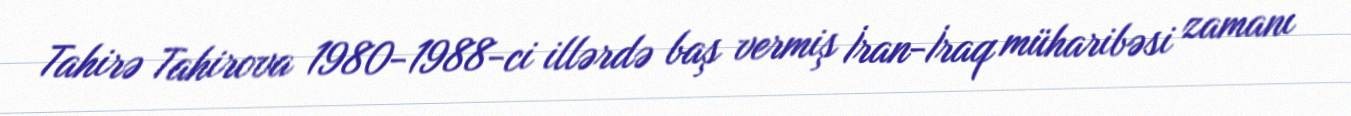
Tahirə Tahirova 1980-1988-ci illərdə baş vermiş İran-İraq müharibəsi zamanı